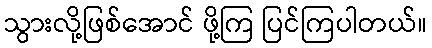
သွားလို့ဖြစ်အောင် ဖို့ကြ ပြင်ကြပါတယ်။